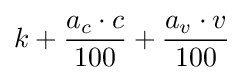
k+{a_{c}\cdot c \over 100}+{a_{v}\cdot v \over 100}